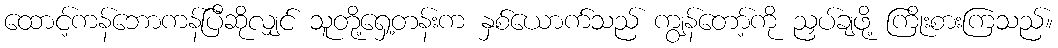
ထောင့်ကန်ဘောကန်ပြီဆိုလျှင် သူတို့ရှေ့တန်းက နှစ်ယောက်သည် ကျွန်တော့်ကို ညှပ်ချဖို့ ကြိုးစားကြသည်။